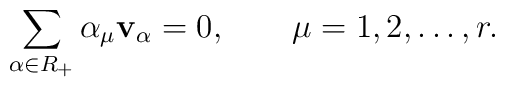
\sum_{\alpha\in R_+}\alpha_\mu {\bf v}_\alpha = 0, \qquad \mu =1,2,\ldots , r.